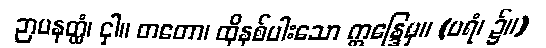
ဉာပနတ္ထံ၊ ငှါ။ တတော၊ ထိုနှစ်ပါးသော ဣန္ဒြေမှ။ (ပရံ၊ ၌။)